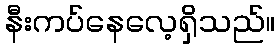
နီးကပ်နေလေ့ရှိသည်။